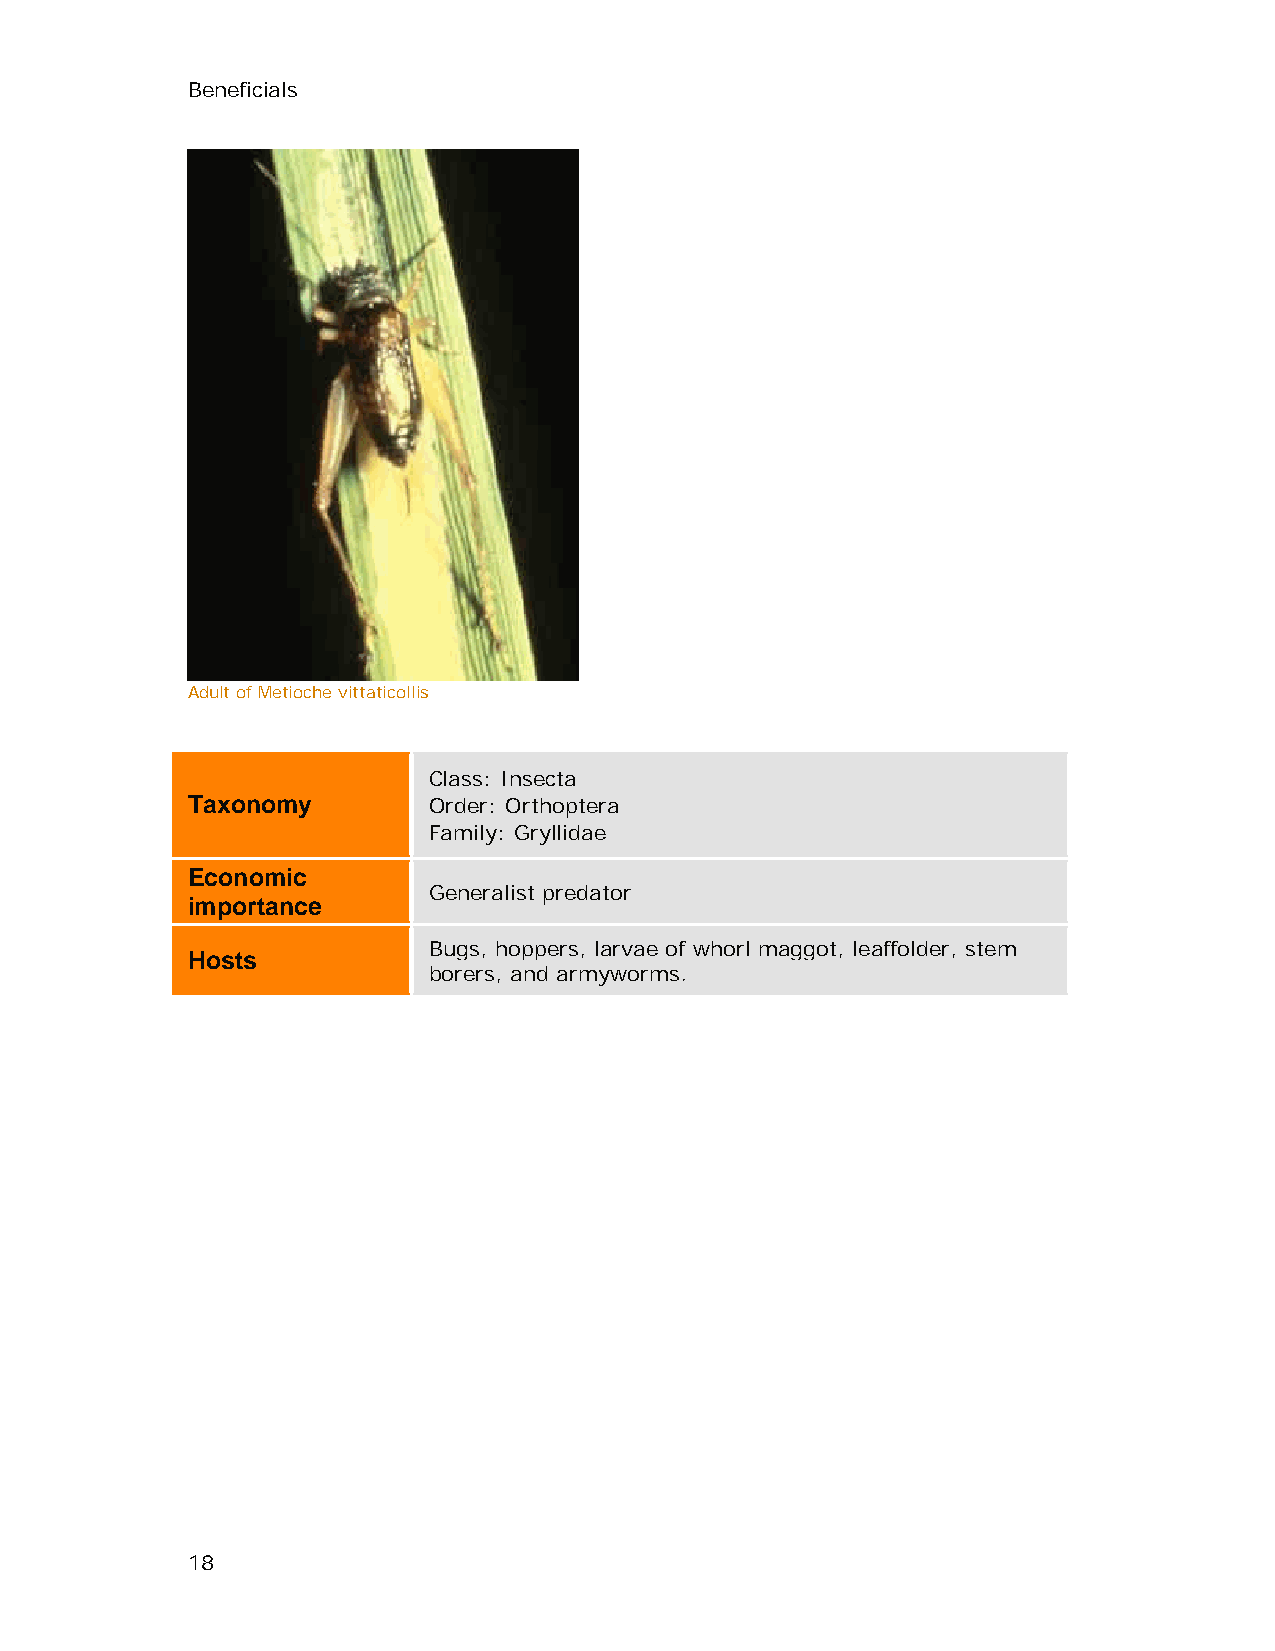
Beneficials
 Adult of Metioche vittaticollis
 Class: Insecta
 Taxonomy        Order: Orthoptera
 Family: Gryllidae
 Economic
 Generalist predator
 importance
 Bugs, hoppers, larvae of whorl maggot, leaffolder, stem
 Hosts
 borers, and armyworms.
 18